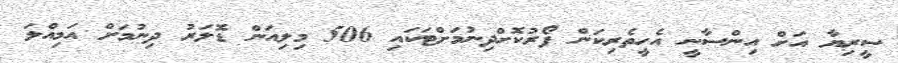
ސީރިޔާ އަށް އިންސާނީ އެހީތެރިކަން ފޯރުކޮށްދިނުމަށްޓަކައި 506 މިލިއަން ޑޮލަރު ދިނުމަށް އަމިއްލަ